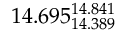
1 4 . 6 9 5 _ { 1 4 . 3 8 9 } ^ { 1 4 . 8 4 1 }